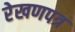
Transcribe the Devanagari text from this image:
रेखणपत्र